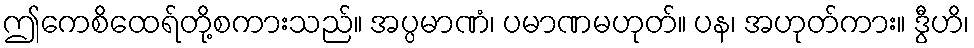
ဤကေစိထေရ်တို့စကားသည်။ အပ္ပမာဏံ၊ ပမာဏမဟုတ်။ ပန၊ အဟုတ်ကား။ ဒွီဟိ၊